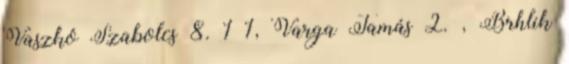
Vaszkó Szabolcs 8. 1–1, Varga Tamás 2. , Brhlik